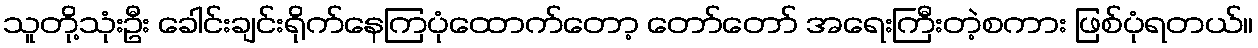
သူတို့သုံးဦး ခေါင်းချင်းရိုက်နေကြပုံထောက်တော့ တော်တော် အရေးကြီးတဲ့စကား ဖြစ်ပုံရတယ်။